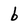
Character: b